Report on vaccination in Madras 1922-1929 - 1922-1929
Year: 1922
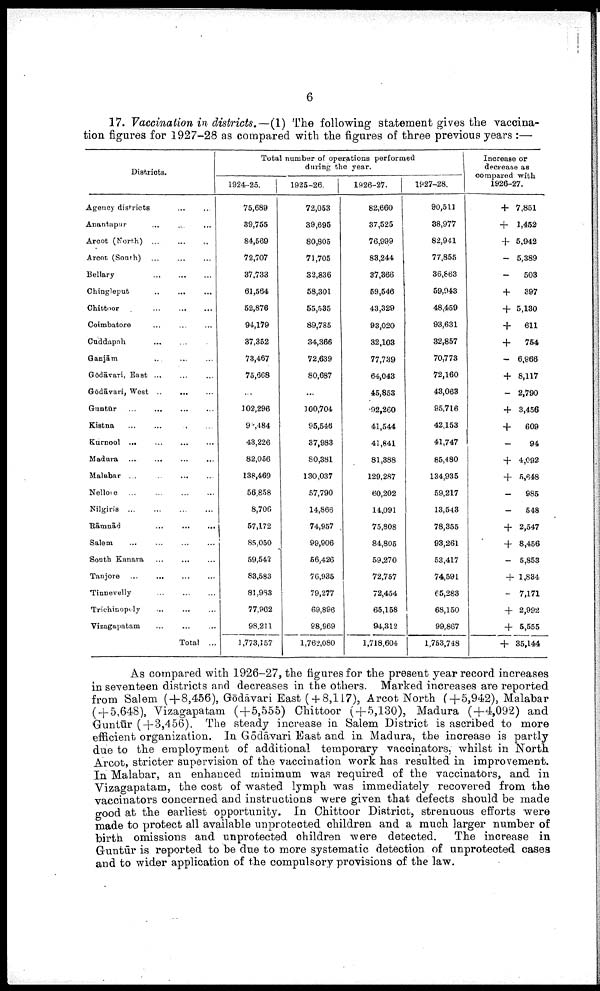
6
17. Vaccination in districts.— (1) The following statement gives the vaccina
tion figures for 1927-28 as compared with the figures of three previous years :—
Districts.
Agency districts ... ...
Anantapur ... ... ...
Arcot (North)
...
...
...
Arcot (South) ... ... ...
Bellary
...
...
...
Chingleput ... ... ...
Chittoor
...
...
...
Coimbatore ... ... ...
Cuddapah
...
...
...
Ganjām ... ... ...
Gōdāvari, East
...
...
...
Gōdāvari, West
...
...
...
Guntūr
...
...
...
...
Kistna ... ... ... ...
Kurnool ...
...
...
...
Madura ... ... ... ...
Malabar ...
...
...
...
Nellore ... ... ...
Nilgiris ... ... ... ...
Rāmnād
...
...
...
Salem ... ... ... ...
South Kanara
...
... ...
Tanjore ...
...
...
...
Tinnevelly
...
...
...
Trichinopoly ... ... ...
Vizagapatam ... ... ...
Total ...
Total number of operations performed
during the year.
1924-25.
75,689
39,755
84,569
72,707
37,733
61,564
52,876
94,179
37,352
73,467
75,668
...
102,296
92,484
43,226
82,056
138,469
56,858
8,706
57,172
85,050
59,542
83,583
81,983
77,962
98,211
1,773,157
1925-26.
72,053
39,695
80,805
71,705
32,836
58,301
55,535
89,785
34,366
72,639
80,687
...
100,704
95,546
37,983
80,381
130,037
57,790
14,866
74,957
99,906
56,426
76,935
79,277
69,896
98,969
1,762,080
1926-27.
82,660
37,525
76,999
83,244
37,366
59,546
43,329
93,020
32,103
77,739
64,043
45,853
92,260
41,544
41,841
81,388
129,287
60,202
14,091
75,808
84,805
59,270
72,757
72,454
65,158
94,312
1,718,604
1927-28.
90,511
38,977
82,941
77,855
36,863
59,943
48,459
93,631
32,857
70,773
72,160
43,063
95,716
42,153
41,747
85,480
134,935
59,217
13,543
78,355
93,261
53,417
74,591
65,283
68,150
99,867
1,753,748
Increase or
decrease as
compared with
1926-27.
+ 7,851
+
1,452
+ 5,942
- 5,389
-503
+
397
+ 5,130
+
611
+
754
- 6,966
+ 8,117
- 2,790
+ 3,456
+
609
-94
+ 4,092
+ 5,648
-
985
-
548
+ 2,547
+ 8,456
- 5,853
+ 1,834
-
7,171
+ 2,992
+ 5,555
+ 35,144
As compared with 1926-27, the figures for the present year record increases
in seventeen districts and decreases in the others. Marked increases are reported
from Salem (+8,456), Gōdāvari East ( + 8,117), Arcot North (+5,942), Malabar
( + 5,648), Vizagapatam (+5,555) Chittoor ( + 5,130), Madura (+4,092) and
Guntūr ( + 3,456). The steady increase in Salem District is ascribed to more
efficient organization. In Gōdāvari East and in Madura, the increase is partly
due to the employment of additional temporary vaccinators, whilst in North
Arcot, stricter supervision of the vaccination work has resulted in improvement.
In Malabar, an enhanced minimum was required of the vaccinators, and in
Vizagapatam, the cost of wasted lymph was immediately recovered from the
vaccinators concerned and instructions were given that defects should be made
good at the earliest opportunity. In Chittoor District, strenuous efforts were
made to protect all available unprotected children and a much larger number of
birth omissions and unprotected children were detected. The increase in
Guntūr is reported to be due to more systematic detection of unprotected cases
and to wider application of the compulsory provisions of the law.